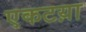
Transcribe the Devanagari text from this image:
एकटय़ा